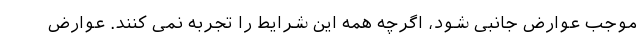
موجب عوارض جانبی شود، اگرچه همه این شرایط را تجربه نمی کنند. عوارض